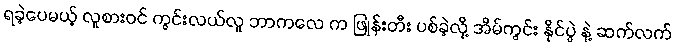
ရခဲ့ပေမယ့် လူစားဝင် ကွင်းလယ်လူ ဘာကလေ က ဖြုန်းတီး ပစ်ခဲ့လို့ အိမ်ကွင်း နိုင်ပွဲ နဲ့ ဆက်လက်